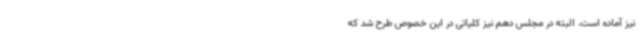
نیز آماده است، البته در مجلس دهم نیز کلیاتی در این خصوص طرح شد که